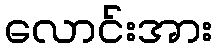
လောင်းအား